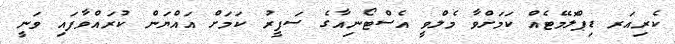
ކެރިއަރ ޑިޕްލޮމޭޓެއް ކަމަށްވާ މެލްވީ އެސްޓޯނިއާގެ ސަފީރު ކަމަށް އައްޔަން ކުރައްވާފައި ވަނީ